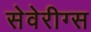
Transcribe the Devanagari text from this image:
सेवेरीग्स